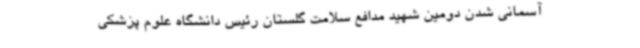
آسمانی شدن دومین شهید مدافع سلامت گلستان رئیس دانشگاه علوم پزشکی